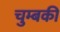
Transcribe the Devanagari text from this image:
चुम्बकी